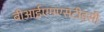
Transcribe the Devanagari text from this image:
बीआईएमएसटीइसी